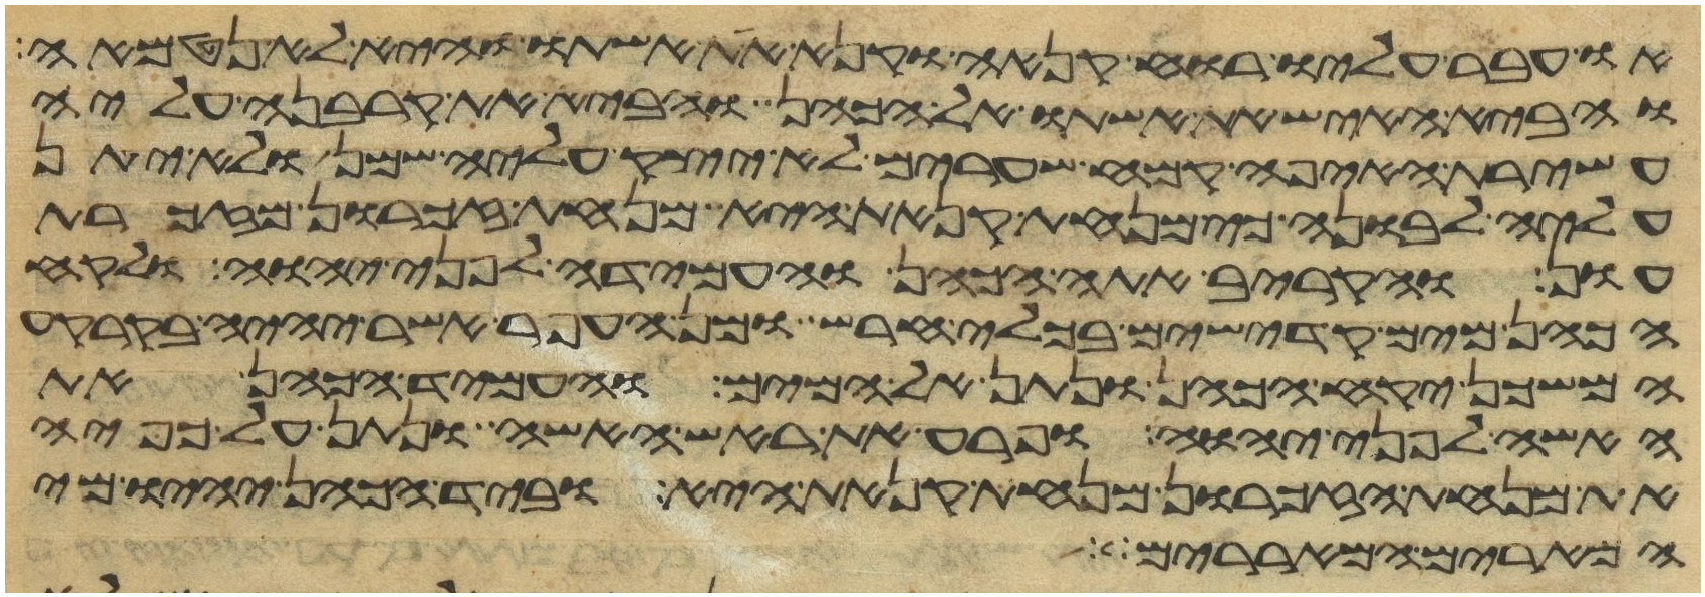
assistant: או עבר עליו רוח קנאה וקנא את אשתו והיא לא נטמאה
והביא האיש את אשתו אל הכהן והביא את קרבנה עליה
עשירת האיפה קמח שערים לא יצק עליה שמן ולא יתן
עליה לבונה כי מנחת קנאת היא מנחת זכרון מזכרת
עון והקריב אתה הכהן והעמידה לפני יהוה ולקח
הכהן מים קדישים בכלי חרש ומן העפר אשר יהיה בקרקע
המשכן יקח הכהן ונתן אל המים והעמיד הכהן את
האשה לפני יהוה ופרע את ראש האשה ונתן על כפיה
את מנחת הזכרון מנחת קנאת היא וביד הכהן יהיו מי
המרים המאררים